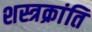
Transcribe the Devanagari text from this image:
शस्त्रक्रांति